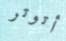
أتوتر